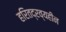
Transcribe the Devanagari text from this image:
हरितद्रव्यहीन